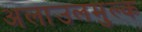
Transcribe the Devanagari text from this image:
अलाउलमुल्क